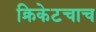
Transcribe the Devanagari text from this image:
क्रिकेटचाच